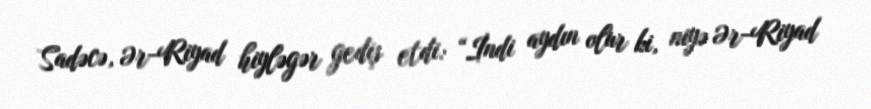
Sadəcə, Ər-Riyad hiyləgər gediş etdi: “İndi aydın olur ki, niyə Ər-Riyad